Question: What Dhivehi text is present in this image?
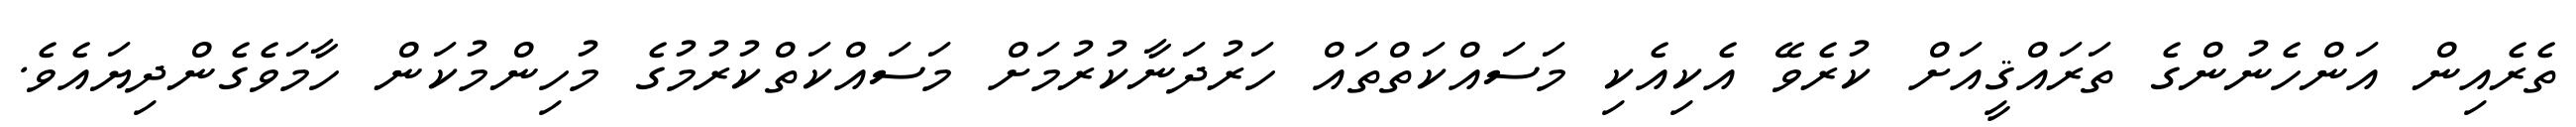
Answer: ތެރެއިން އަންހެނުންގެ ތަރައްޤީއަށް ކުރެވޭ އެކިއެކި މަސައްކަތްތައް ހަރުދަނާކުރުމަށް މަސައްކަތްކުރުމުގެ މުހިންމުކަން ހާމަވެގެންދިޔައެވެ.